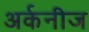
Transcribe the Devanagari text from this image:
अर्कनीज